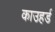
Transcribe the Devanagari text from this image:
काउहर्ड